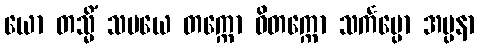
ယော တသ္မိံ သမယေ တက္ကော ဝိတက္ကော သင်္ကပ္ပော အပ္ပနာ